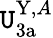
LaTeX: \mathtt{U}_{\mathrm{{3a}}}^{\mathrm{{Y}},A}